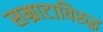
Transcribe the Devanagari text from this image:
सम्राटाविरुद्ध